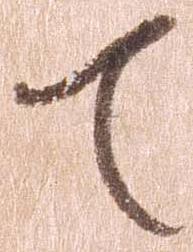
て